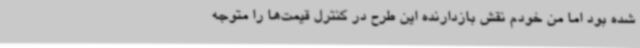
شده بود اما من خودم نقش بازدارنده این طرح در کنترل قیمت‌ها را متوجه